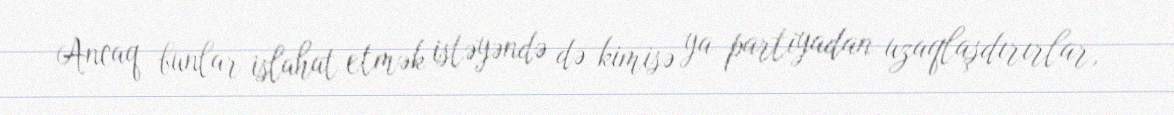
Ancaq bunlar islahat etmək istəyəndə də kimisə ya partiyadan uzaqlaşdırırlar,